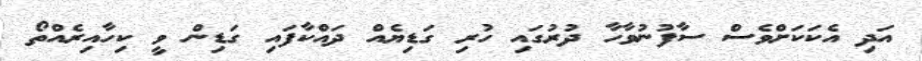
އަދި އެކަކަށްވެސް ސާފުނުވާހާ ދުރުގައި ހުރި ގަޑިޔެއް ދައްކާފައި ގަޑިން ވީ ކިހާއިރެއްތޯ